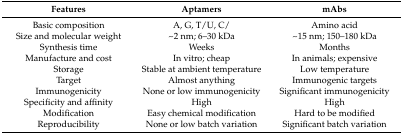
<table><thead><tr><td><b>Features</b></td><td><b>Aptamers</b></td><td><b>mAbs</b></td></tr></thead><tbody><tr><td>Basic composition</td><td>A, G, T/U, C/</td><td>Amino acid</td></tr><tr><td>Size and molecular weight</td><td>~2 nm; 6–30 kDa</td><td>~15 nm; 150–180 kDa</td></tr><tr><td>Synthesis time</td><td>Weeks</td><td>Months</td></tr><tr><td>Manufacture and cost</td><td>In vitro; cheap</td><td>In animals; expensive</td></tr><tr><td>Storage</td><td>Stable at ambient temperature</td><td>Low temperature</td></tr><tr><td>Target</td><td>Almost anything</td><td>Immunogenic targets</td></tr><tr><td>Immunogenicity</td><td>None or low immunogenicity</td><td>Significant immunogenicity</td></tr><tr><td>Specificity and affinity</td><td>High</td><td>High</td></tr><tr><td>Modification</td><td>Easy chemical modification</td><td>Hard to be modified</td></tr><tr><td>Reproducibility</td><td>None or low batch variation</td><td>Significant batch variation</td></tr></tbody></table>